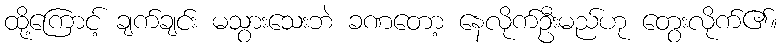
ထို့ကြောင့် ချက်ချင်း မသွားသေးဘဲ ခဏတော့ နေလိုက်ဦးမည်ဟု တွေးလိုက်၏။